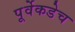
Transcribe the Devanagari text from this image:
पूर्वेकडेच